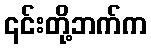
၎င်းတို့ဘက်က